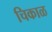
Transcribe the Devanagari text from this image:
चिकाळ